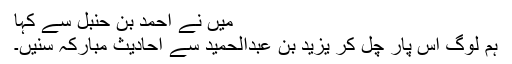
میں نے احمد بن حنبل سے کہا
ہم لوگ اس پار چل کر یزید بن عبدالحمید سے احادیثِ مبارکہ سنیں۔